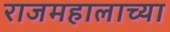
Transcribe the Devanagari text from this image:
राजमहालाच्या